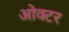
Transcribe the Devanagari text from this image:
ओक्टर